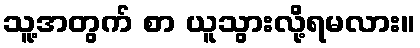
သူ့အတွက် စာ ယူသွားလို့ရမလား။